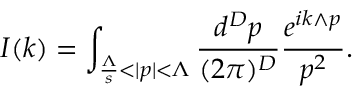
I ( k ) = \int _ { \frac { \Lambda } { s } < | p | < \Lambda } \frac { d ^ { D } p } { ( 2 \pi ) ^ { D } } \frac { e ^ { i k \wedge p } } { p ^ { 2 } } .